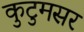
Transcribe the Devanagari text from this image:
कुटुमसर